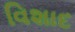
વિશાદ